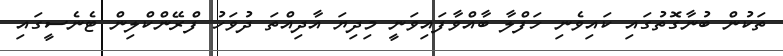
ތަކުން ބުނާގޮތުގައި ކައިވެނި ހަފްލާ ބާއްވާފައިވަނީ މިދިޔަ އާދިއްތަ ދުވަހު ފްރޭންކްލިން ޓެނެސީގައި